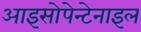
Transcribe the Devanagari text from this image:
आइसोपेन्टेनाइल